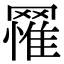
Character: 𦌐